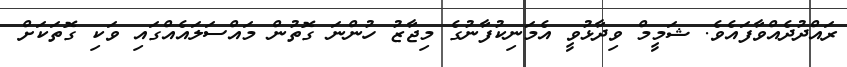
ރައްދުދެއްވާފައެވެ. ޝަމީމް ވިދާޅުވީ އެމަނިކުފާނުގެ މިޖާޒު ހުންނަ ގޮތުން މައްސަލައެއްގައި ވަކި ގޮތަކަށް